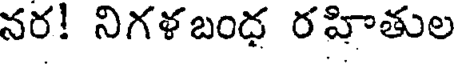
నర! నిగళబంధ రహితుల